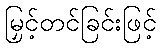
မြှင့်တင်ခြင်းဖြင့်